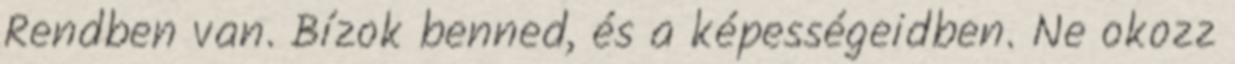
Rendben van. Bízok benned, és a képességeidben. Ne okozz